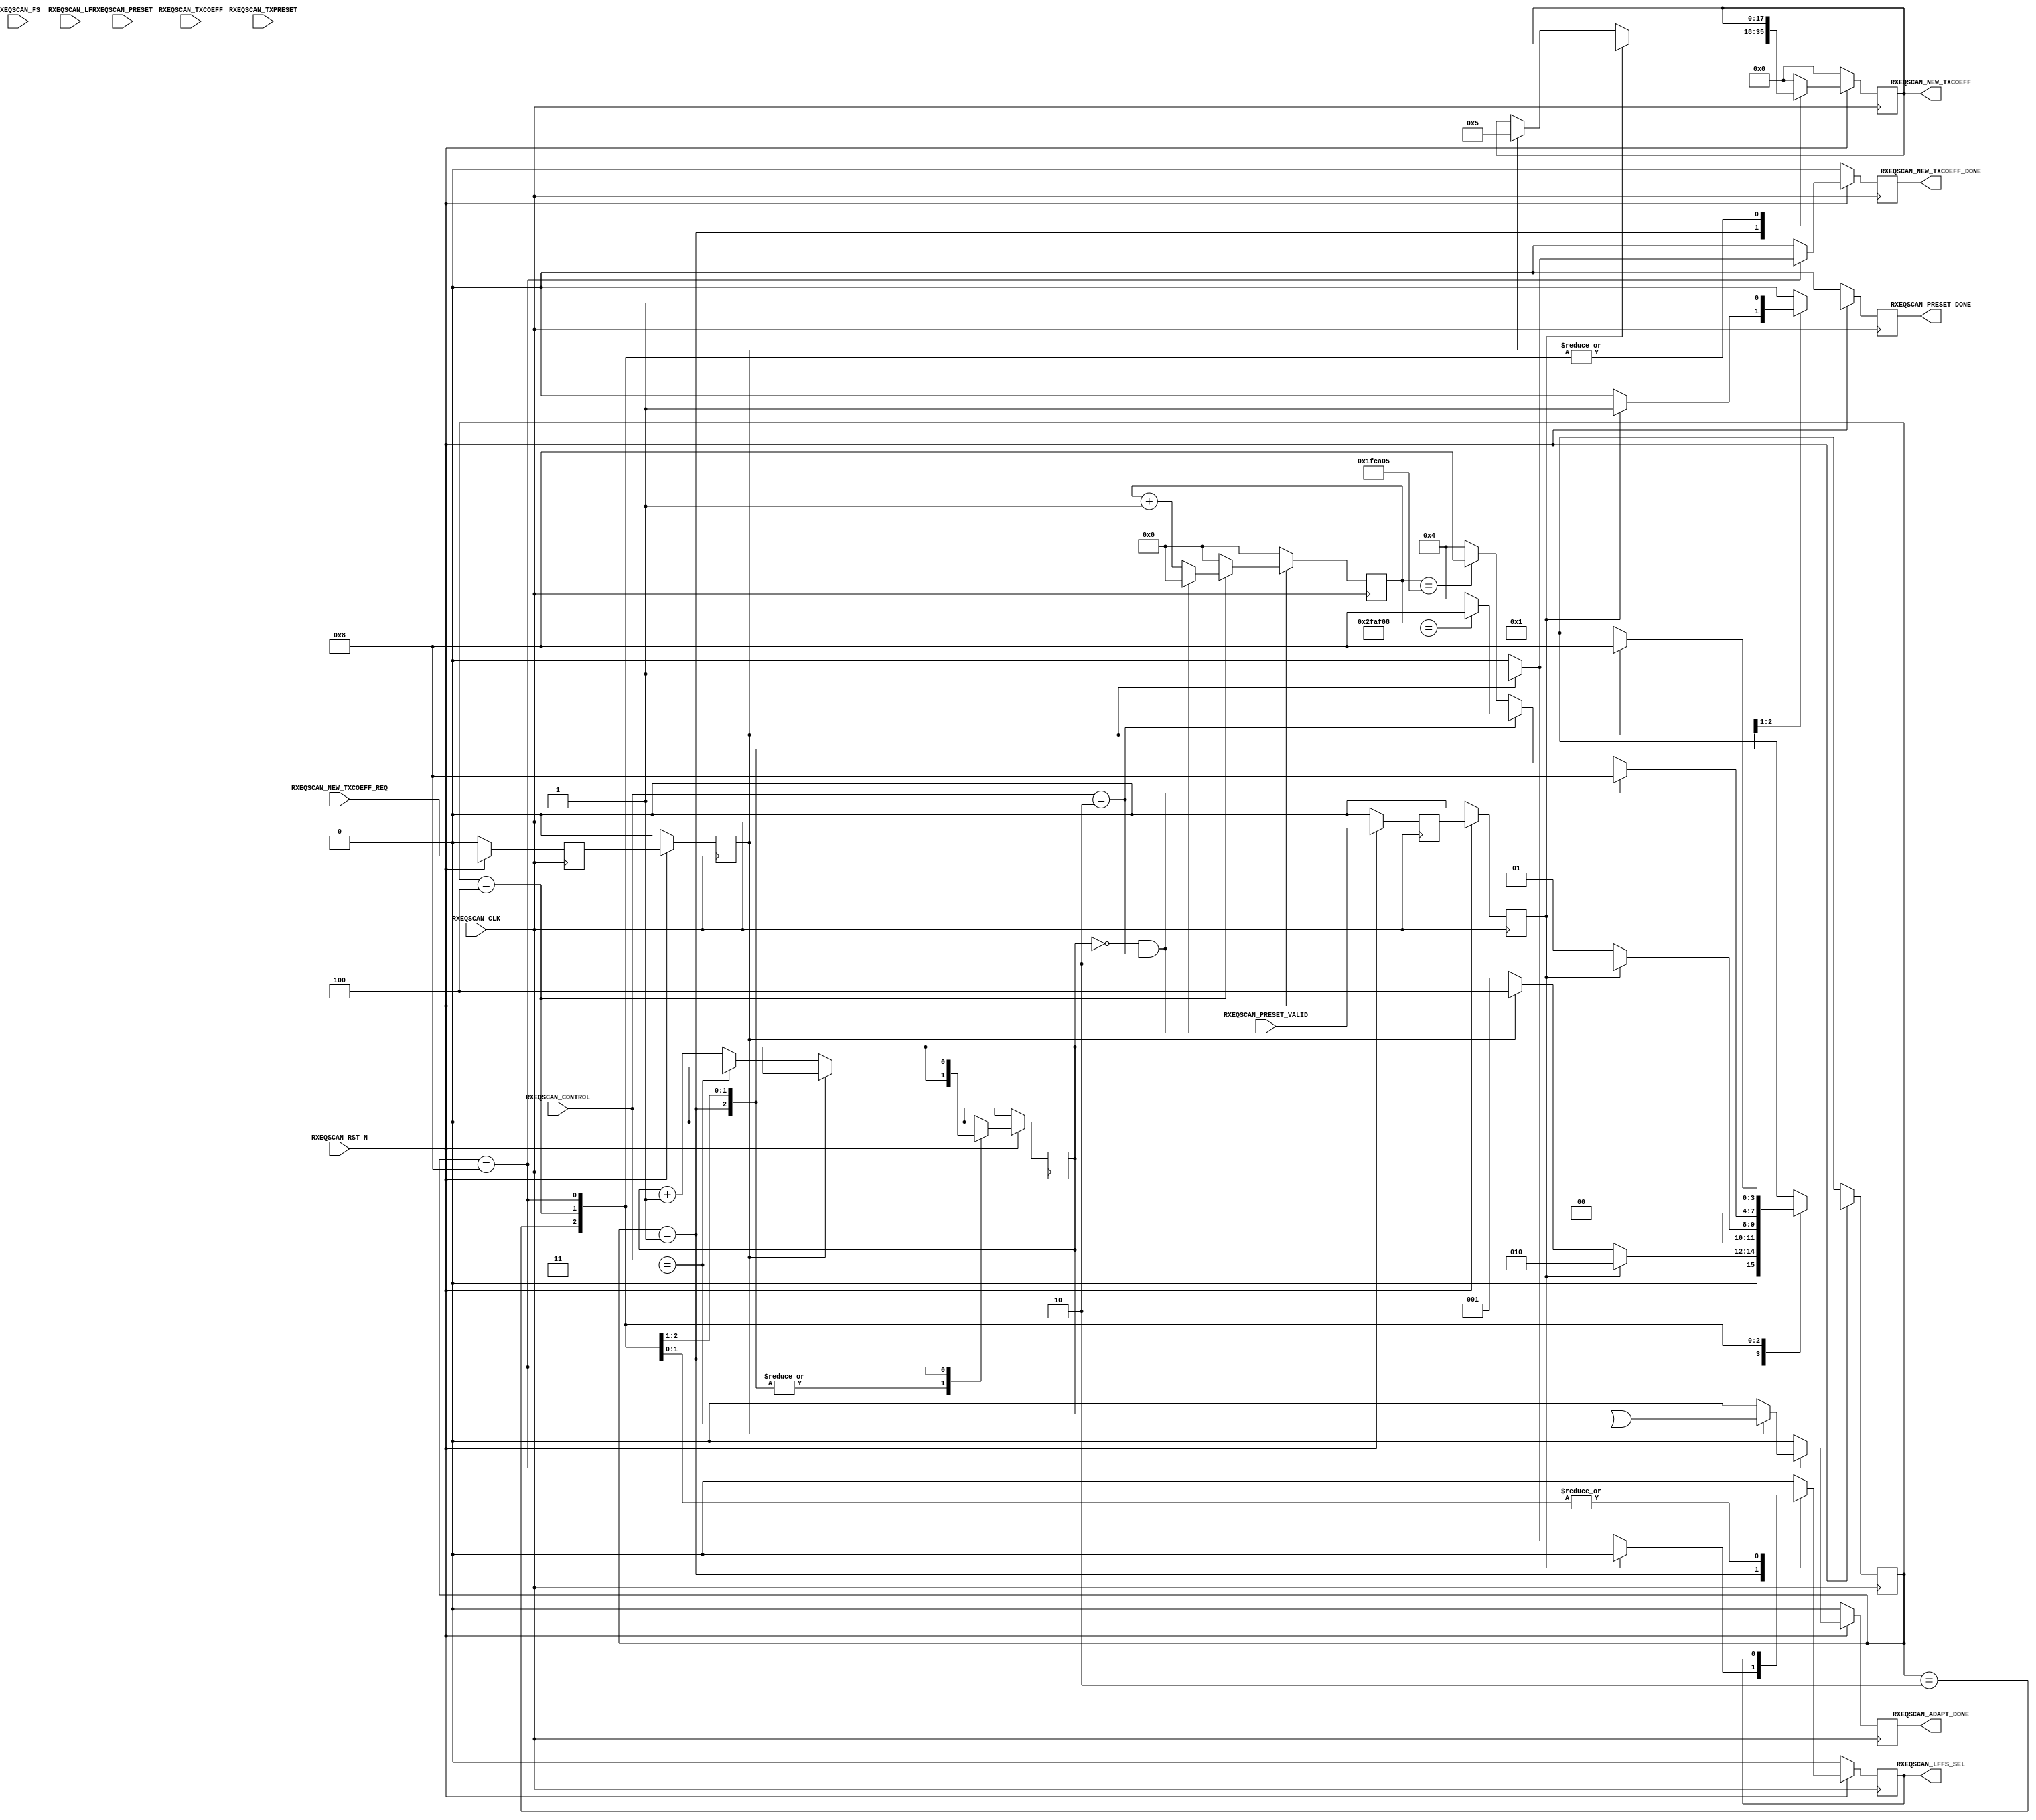
//-----------------------------------------------------------------------------
//
// (c) Copyright 2010-2011 Xilinx, Inc. All rights reserved.
//
// This file contains confidential and proprietary information
// of Xilinx, Inc. and is protected under U.S. and
// international copyright and other intellectual property
// laws.
//
// DISCLAIMER
// This disclaimer is not a license and does not grant any
// rights to the materials distributed herewith. Except as
// otherwise provided in a valid license issued to you by
// Xilinx, and to the maximum extent permitted by applicable
// law: (1) THESE MATERIALS ARE MADE AVAILABLE "AS IS" AND
// WITH ALL FAULTS, AND XILINX HEREBY DISCLAIMS ALL WARRANTIES
// AND CONDITIONS, EXPRESS, IMPLIED, OR STATUTORY, INCLUDING
// BUT NOT LIMITED TO WARRANTIES OF MERCHANTABILITY, NON-
// INFRINGEMENT, OR FITNESS FOR ANY PARTICULAR PURPOSE; and
// (2) Xilinx shall not be liable (whether in contract or tort,
// including negligence, or under any other theory of
// liability) for any loss or damage of any kind or nature
// related to, arising under or in connection with these
// materials, including for any direct, or any indirect,
// special, incidental, or consequential loss or damage
// (including loss of data, profits, goodwill, or any type of
// loss or damage suffered as a result of any action brought
// by a third party) even if such damage or loss was
// reasonably foreseeable or Xilinx had been advised of the
// possibility of the same.
//
// CRITICAL APPLICATIONS
// Xilinx products are not designed or intended to be fail-
// safe, or for use in any application requiring fail-safe
// performance, such as life-support or safety devices or
// systems, Class III medical devices, nuclear facilities,
// applications related to the deployment of airbags, or any
// other applications that could lead to death, personal
// injury, or severe property or environmental damage
// (individually and collectively, "Critical
// Applications"). Customer assumes the sole risk and
// liability of any use of Xilinx products in Critical
// Applications, subject only to applicable laws and
// regulations governing limitations on product liability.
//
// THIS COPYRIGHT NOTICE AND DISCLAIMER MUST BE RETAINED AS
// PART OF THIS FILE AT ALL TIMES.
//
//-----------------------------------------------------------------------------
// Project    : Series-7 Integrated Block for PCI Express
// Version    : 3.3
//------------------------------------------------------------------------------
//  Description  :  PIPE RX Equalization Eye Scan Module for 7 Series Transceiver
//  Version      :  18.0
//------------------------------------------------------------------------------


`timescale 1ns / 1ps



//---------- RXEQ Eye Scan Module ----------------------------------------------
(* DowngradeIPIdentifiedWarnings = "yes" *)
module pcie_core_rxeq_scan #
(

    parameter PCIE_SIM_MODE       = "FALSE",                // PCIe sim mode 
    parameter PCIE_GT_DEVICE      = "GTX",                  // PCIe GT device
    parameter PCIE_RXEQ_MODE_GEN3 = 1,                      // PCIe RX equalization mode
    parameter CONVERGE_MAX        = 22'd3125000,            // Convergence max count (12ms) 
    parameter CONVERGE_MAX_BYPASS = 22'd2083333             // Convergence max count for phase2/3 bypass mode (8ms)
)

(

    //---------- Input -------------------------------------
    input               RXEQSCAN_CLK,                      
    input               RXEQSCAN_RST_N,
       
    input       [ 1:0]  RXEQSCAN_CONTROL,   
    input       [ 2:0]  RXEQSCAN_PRESET,
    input               RXEQSCAN_PRESET_VALID,
    input       [ 3:0]  RXEQSCAN_TXPRESET,
    input       [17:0]  RXEQSCAN_TXCOEFF,
    input               RXEQSCAN_NEW_TXCOEFF_REQ,
    input       [ 5:0]  RXEQSCAN_FS,
    input       [ 5:0]  RXEQSCAN_LF,
     
    
    //---------- Output ------------------------------------
    output              RXEQSCAN_PRESET_DONE,
    output      [17:0]  RXEQSCAN_NEW_TXCOEFF,
    output              RXEQSCAN_NEW_TXCOEFF_DONE,
    output              RXEQSCAN_LFFS_SEL,
    output              RXEQSCAN_ADAPT_DONE

);

    //---------- Input Register ----------------------------
(* ASYNC_REG = "TRUE", SHIFT_EXTRACT = "NO" *)    reg         [ 2:0]  preset_reg1;
(* ASYNC_REG = "TRUE", SHIFT_EXTRACT = "NO" *)    reg                 preset_valid_reg1;
(* ASYNC_REG = "TRUE", SHIFT_EXTRACT = "NO" *)    reg         [ 3:0]  txpreset_reg1;
(* ASYNC_REG = "TRUE", SHIFT_EXTRACT = "NO" *)    reg         [17:0]  txcoeff_reg1;
(* ASYNC_REG = "TRUE", SHIFT_EXTRACT = "NO" *)    reg                 new_txcoeff_req_reg1;
(* ASYNC_REG = "TRUE", SHIFT_EXTRACT = "NO" *)    reg         [ 5:0]  fs_reg1;
(* ASYNC_REG = "TRUE", SHIFT_EXTRACT = "NO" *)    reg         [ 5:0]  lf_reg1;
    
(* ASYNC_REG = "TRUE", SHIFT_EXTRACT = "NO" *)    reg         [ 2:0]  preset_reg2;
(* ASYNC_REG = "TRUE", SHIFT_EXTRACT = "NO" *)    reg                 preset_valid_reg2;
(* ASYNC_REG = "TRUE", SHIFT_EXTRACT = "NO" *)    reg         [ 3:0]  txpreset_reg2;
(* ASYNC_REG = "TRUE", SHIFT_EXTRACT = "NO" *)    reg         [17:0]  txcoeff_reg2;
(* ASYNC_REG = "TRUE", SHIFT_EXTRACT = "NO" *)    reg                 new_txcoeff_req_reg2;
(* ASYNC_REG = "TRUE", SHIFT_EXTRACT = "NO" *)    reg         [ 5:0]  fs_reg2;
(* ASYNC_REG = "TRUE", SHIFT_EXTRACT = "NO" *)    reg         [ 5:0]  lf_reg2;

    //---------- Internal Signals --------------------------
    reg                 adapt_done_cnt = 1'd0;

    //---------- Output Register ---------------------------          
    reg                 preset_done      =  1'd0;
    reg         [21:0]  converge_cnt     = 22'd0;
    reg         [17:0]  new_txcoeff      = 18'd0;
    reg                 new_txcoeff_done =  1'd0;
    reg                 lffs_sel         =  1'd0;
    reg                 adapt_done       =  1'd0;
    reg         [ 3:0]  fsm              =  4'd0;

    //---------- FSM ---------------------------------------                                         
    localparam          FSM_IDLE            = 4'b0001;
    localparam          FSM_PRESET          = 4'b0010;
    localparam          FSM_CONVERGE        = 4'b0100;
    localparam          FSM_NEW_TXCOEFF_REQ = 4'b1000; 
    
    //---------- Simulation Speedup ------------------------
    //  Gen3:  32 bits / PCLK : 1 million bits / X PCLK
    //         X = 
    //------------------------------------------------------
    localparam converge_max_cnt        = (PCIE_SIM_MODE == "TRUE") ? 22'd1000 : CONVERGE_MAX;   
    localparam converge_max_bypass_cnt = (PCIE_SIM_MODE == "TRUE") ? 22'd1000 : CONVERGE_MAX_BYPASS;   
    
    

//---------- Input FF ----------------------------------------------------------
always @ (posedge RXEQSCAN_CLK)
begin

    if (!RXEQSCAN_RST_N)
        begin   
        //---------- 1st Stage FF --------------------------  
        preset_reg1          <=  3'd0;
        preset_valid_reg1    <=  1'd0;
        txpreset_reg1        <=  4'd0;
        txcoeff_reg1         <= 18'd0;
        new_txcoeff_req_reg1 <=  1'd0;
        fs_reg1              <=  6'd0;
        lf_reg1              <=  6'd0;
        //---------- 2nd Stage FF --------------------------
        preset_reg2          <=  3'd0;
        preset_valid_reg2    <=  1'd0;
        txpreset_reg2        <=  4'd0;
        txcoeff_reg2         <= 18'd0;
        new_txcoeff_req_reg2 <=  1'd0;
        fs_reg2              <=  6'd0;
        lf_reg2              <=  6'd0;
        end
    else
        begin  
        //---------- 1st Stage FF --------------------------  
        preset_reg1          <= RXEQSCAN_PRESET;
        preset_valid_reg1    <= RXEQSCAN_PRESET_VALID;
        txpreset_reg1        <= RXEQSCAN_TXPRESET;
        txcoeff_reg1         <= RXEQSCAN_TXCOEFF;
        new_txcoeff_req_reg1 <= RXEQSCAN_NEW_TXCOEFF_REQ;
        fs_reg1              <= RXEQSCAN_FS;
        lf_reg1              <= RXEQSCAN_LF;
        //---------- 2nd Stage FF -------------------------- 
        preset_reg2          <= preset_reg1;
        preset_valid_reg2    <= preset_valid_reg1;
        txpreset_reg2        <= txpreset_reg1;
        txcoeff_reg2         <= txcoeff_reg1;
        new_txcoeff_req_reg2 <= new_txcoeff_req_reg1;
        fs_reg2              <= fs_reg1;
        lf_reg2              <= lf_reg1;
        end
        
end     



//---------- Eye Scan ----------------------------------------------------------
always @ (posedge RXEQSCAN_CLK)
begin

    if (!RXEQSCAN_RST_N)
        begin
        fsm              <=  FSM_IDLE;
        preset_done      <=  1'd0;
        converge_cnt     <= 22'd0;
        new_txcoeff      <= 18'd0;
        new_txcoeff_done <=  1'd0;
        lffs_sel         <=  1'd0;
        adapt_done       <=  1'd0;
        adapt_done_cnt   <=  1'd0;
        end                   
    else
    
        begin
    
        case (fsm)
        
        //---------- Idle State ----------------------------
        FSM_IDLE : 
            
            begin   
             
            //---------- Process RXEQ Preset ---------------
            if (preset_valid_reg2)
                begin
                fsm              <=  FSM_PRESET;
                preset_done      <=  1'd1;
                converge_cnt     <= 22'd0;
                new_txcoeff      <=  new_txcoeff;
                new_txcoeff_done <=  1'd0;
                lffs_sel         <=  1'd0;
                adapt_done       <=  1'd0;
                adapt_done_cnt   <=  adapt_done_cnt;
                end            
            //---------- Request New TX Coefficient --------
            else if (new_txcoeff_req_reg2)
                begin
                fsm              <=  FSM_CONVERGE;
                preset_done      <=  1'd0;
                converge_cnt     <= 22'd0;
              //new_txcoeff      <= (PCIE_RXEQ_MODE_GEN3 == 0) ? txcoeff_reg2 : 18'd4;  // Default
                new_txcoeff      <= (PCIE_RXEQ_MODE_GEN3 == 0) ? txcoeff_reg2 : (PCIE_GT_DEVICE == "GTX") ? 18'd5 : 18'd4;  // Optimized for Gen3 RX JTOL
                new_txcoeff_done <=  1'd0;
                lffs_sel         <= (PCIE_RXEQ_MODE_GEN3 == 0) ? 1'd0 : 1'd1;
                adapt_done       <=  1'd0; 
                adapt_done_cnt   <=  adapt_done_cnt;
                end  
            //---------- Default ---------------------------
            else
                begin
                fsm              <=  FSM_IDLE;
                preset_done      <=  1'd0;
                converge_cnt     <= 22'd0;
                new_txcoeff      <=  new_txcoeff;
                new_txcoeff_done <=  1'd0;
                lffs_sel         <=  1'd0;
                adapt_done       <=  1'd0;
                adapt_done_cnt   <=  adapt_done_cnt;
                end
                
            end
            
        //---------- Process RXEQ Preset -------------------
        FSM_PRESET :

            begin
            fsm              <= (!preset_valid_reg2) ? FSM_IDLE : FSM_PRESET;
            preset_done      <=  1'd1;
            converge_cnt     <= 22'd0;
            new_txcoeff      <=  new_txcoeff;
            new_txcoeff_done <=  1'd0;
            lffs_sel         <=  1'd0;
            adapt_done       <=  1'd0;
            adapt_done_cnt   <=  adapt_done_cnt;
            end
            
        //---------- Wait for Convergence ------------------    
        FSM_CONVERGE :
           
            begin
            if ((adapt_done_cnt == 1'd0) && (RXEQSCAN_CONTROL == 2'd2))
                begin
                fsm              <= FSM_NEW_TXCOEFF_REQ;
                preset_done      <=  1'd0;
                converge_cnt     <= 22'd0;
                new_txcoeff      <= new_txcoeff;
                new_txcoeff_done <= 1'd0;
                lffs_sel         <= lffs_sel;
                adapt_done       <= 1'd0;
                adapt_done_cnt   <= adapt_done_cnt;
                end
            else
                begin
                
                //---------- Phase2/3 ----------------------
                if (RXEQSCAN_CONTROL == 2'd2)
                    fsm <= (converge_cnt == converge_max_cnt)        ? FSM_NEW_TXCOEFF_REQ : FSM_CONVERGE;
                //---------- Phase2/3 Bypass ---------------
                else
                    fsm <= (converge_cnt == converge_max_bypass_cnt) ? FSM_NEW_TXCOEFF_REQ : FSM_CONVERGE;
                
                preset_done      <= 1'd0;
                converge_cnt     <= converge_cnt + 1'd1;
                new_txcoeff      <= new_txcoeff;
                new_txcoeff_done <= 1'd0;
                lffs_sel         <= lffs_sel;
                adapt_done       <= 1'd0;
                adapt_done_cnt   <= adapt_done_cnt;
                end
            end
            
        //---------- Request New TX Coefficient ------------
        FSM_NEW_TXCOEFF_REQ :

            begin 
            if (!new_txcoeff_req_reg2)
                begin
                fsm              <= FSM_IDLE;
                preset_done      <=  1'd0;
                converge_cnt     <= 22'd0;
                new_txcoeff      <= new_txcoeff;
                new_txcoeff_done <= 1'd0;
                lffs_sel         <= lffs_sel;
                adapt_done       <= 1'd0;
                adapt_done_cnt   <= (RXEQSCAN_CONTROL == 2'd3) ? 1'd0 : adapt_done_cnt + 1'd1;
                end
            else
                begin
                fsm              <= FSM_NEW_TXCOEFF_REQ;
                preset_done      <=  1'd0;
                converge_cnt     <= 22'd0;
                new_txcoeff      <= new_txcoeff;
                new_txcoeff_done <= 1'd1;
                lffs_sel         <= lffs_sel;
                adapt_done       <= (adapt_done_cnt == 1'd1) || (RXEQSCAN_CONTROL == 2'd3);
                adapt_done_cnt   <= adapt_done_cnt;
                end
            end
            
        //---------- Default State -------------------------
        default :
        
            begin
            fsm              <=  FSM_IDLE;
            preset_done      <=  1'd0;
            converge_cnt     <= 22'd0;
            new_txcoeff      <= 18'd0;
            new_txcoeff_done <=  1'd0;
            lffs_sel         <=  1'd0;
            adapt_done       <=  1'd0;
            adapt_done_cnt   <=  1'd0;
            end    

        endcase
        
        end
        
end



//---------- RXEQ Eye Scan Output ----------------------------------------------
assign RXEQSCAN_PRESET_DONE      = preset_done;     
assign RXEQSCAN_NEW_TXCOEFF      = new_txcoeff;
assign RXEQSCAN_NEW_TXCOEFF_DONE = new_txcoeff_done; 
assign RXEQSCAN_LFFS_SEL         = lffs_sel;  
assign RXEQSCAN_ADAPT_DONE       = adapt_done;



endmodule